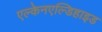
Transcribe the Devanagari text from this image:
एल्केनएल्डिहाइड